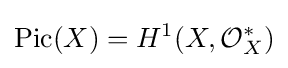
\operatorname {Pic} (X)=H^{1}(X,{\mathcal {O}}_{X}^{*})